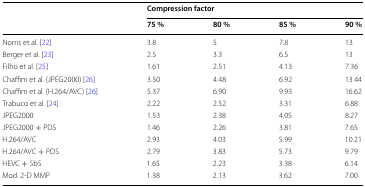
| <ROWSPAN=2>  | <COLSPAN=4> Compression factor |
 | 75 % | 80 % | 85 % | 90 % |
 | --- | --- | --- | --- | --- |
 | Norris et al. [22] | 3.8 | 5 | 7.8 | 13 |
 | Berger et al. [23] | 2.5 | 3.3 | 6.5 | 13 |
 | Filho et al. [25] | 1.61 | 2.51 | 4.13 | 7.36 |
 | Chaffim et al. (JPEG2000) [26] | 3.50 | 4.48 | 6.92 | 13.44 |
 | Chaffim et al. (H.264/AVC) [26] | 5.37 | 6.90 | 9.93 | 16.62 |
 | Trabuco et al. [24] | 2.22 | 2.52 | 3.31 | 6.88 |
 | JPEG2000 | 1.53 | 2.38 | 4.05 | 8.27 |
 | JPEG2000 + PDS | 1.46 | 2.26 | 3.81 | 7.65 |
 | H.264/AVC | 2.93 | 4.03 | 5.99 | 10.21 |
 | H.264/AVC + PDS | 2.79 | 3.83 | 5.73 | 9.79 |
 | HEVC + SbS | 1.65 | 2.23 | 3.38 | 6.14 |
 | Mod. 2-D MMP | 1.38 | 2.13 | 3.62 | 7.00 |